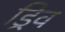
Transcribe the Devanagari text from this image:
ड्रिव